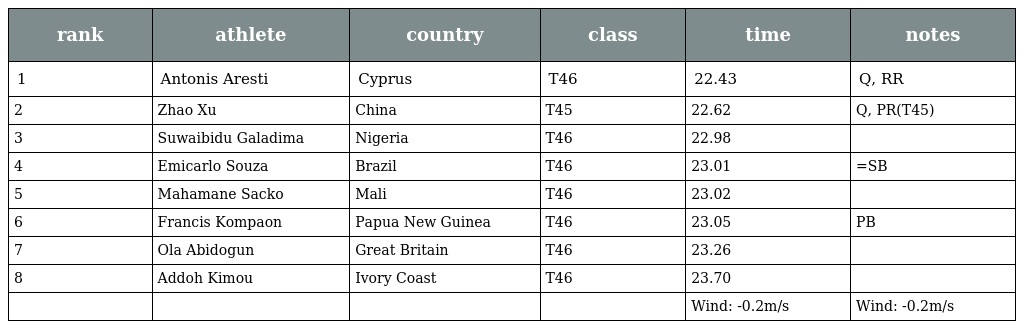
| rank | athlete | country | class | time | notes |
 | --- | --- | --- | --- | --- | --- |
 | 1 | Antonis Aresti | Cyprus | T46 | 22.43 | Q, RR |
 | 2 | Zhao Xu | China | T45 | 22.62 | Q, PR(T45) |
 | 3 | Suwaibidu Galadima | Nigeria | T46 | 22.98 |  |
 | 4 | Emicarlo Souza | Brazil | T46 | 23.01 | =SB |
 | 5 | Mahamane Sacko | Mali | T46 | 23.02 |  |
 | 6 | Francis Kompaon | Papua New Guinea | T46 | 23.05 | PB |
 | 7 | Ola Abidogun | Great Britain | T46 | 23.26 |  |
 | 8 | Addoh Kimou | Ivory Coast | T46 | 23.70 |  |
 |  |  |  |  | Wind: -0.2m/s | Wind: -0.2m/s |